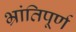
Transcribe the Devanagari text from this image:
भ्रांतिपूर्ण